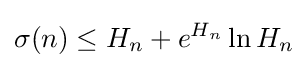
\sigma (n)\leq H_{n}+e^{H_{n}}\ln H_{n}